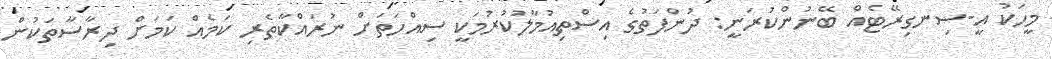
މީހަކު އީ-ސިނގިރޭޓެއް ބޭނުންކުރަނީ: ދުންފަތުގެ އިސްތިއުމާލުކުރުމަކީ ސިއްހަތަށް ނުރައްކާތެރި ކަމެއް ކަމަށް ދިރާސާތަކުން